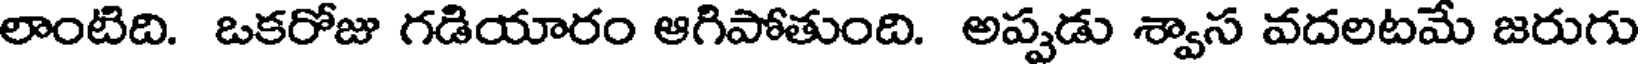
లాంటిది. ఒకరోజు గడియారం ఆగిపోతుంది. అప్పడు శ్వాస వదలటమే జరుగు